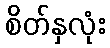
စိတ်နှလုံး